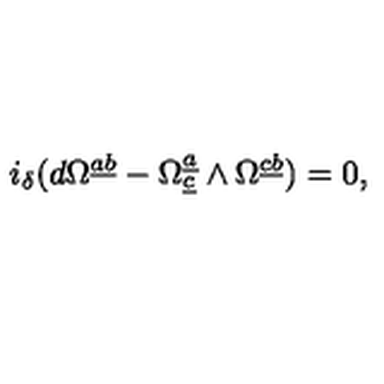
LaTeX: i _ { \delta } ( d \Omega ^ { \underline { { a } } \underline { { b } } } - \Omega _ { \underline { { c } } } ^ { \underline { { a } } } \wedge \Omega ^ { \underline { { c } } \underline { { b } } } ) = 0 ,